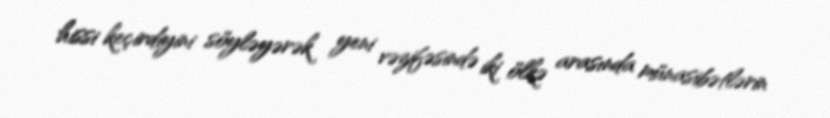
hissi keçirdiyini söyləyərək yeni vəzifəsində iki ölkə arasında münasibətlərin